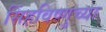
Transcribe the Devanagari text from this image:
सिंहविष्णुच्या